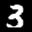
Label: 3